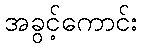
အခွင့်ကောင်း